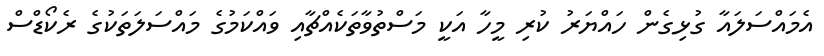
އެމައްސަލައާ ގުޅިގެން ހައްޔަރު ކުރި މީހާ އަކީ މަސްތުވާތަކެއްޗާއި ވައްކަމުގެ މައްސަލަތަކުގެ ރެކޯޑްސް